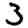
Digit: 3